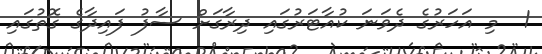
1  މި އަހަރުގެ ދެވަނަ ކުއާޓަރުގައި ދިރާގަށް ސާފު ފައިދާގެ ގޮތުގައި